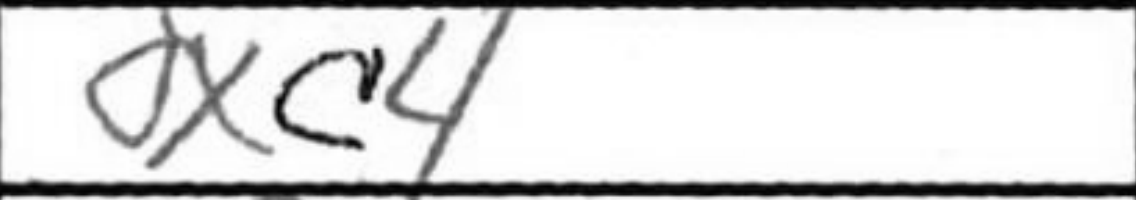
Transcription: dxc4